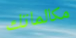
مكالماتك